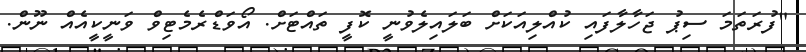
"ފުރަތަމަ ސިޕު ޖަހާލާފައި ކުއްލިއަކަށް ބަލައިލެވުނީ ކޮފީ ތައްޓަށް. އޯވަޑްރެމެޓިވް ވަނީކީއެއް ނޫން.